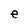
Character: e